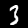
Digit: 3